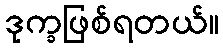
ဒုက္ခဖြစ်ရတယ်။